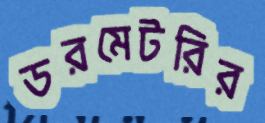
ডরমেটরির